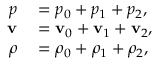
\begin{array} { r l } { p } & { { } = p _ { 0 } + p _ { 1 } + p _ { 2 } , } \\ { \mathbf { v } } & { { } = \mathbf { v } _ { 0 } + \mathbf { v } _ { 1 } + \mathbf { v } _ { 2 } , } \\ { \rho } & { { } = \rho _ { 0 } + \rho _ { 1 } + \rho _ { 2 } , } \end{array}